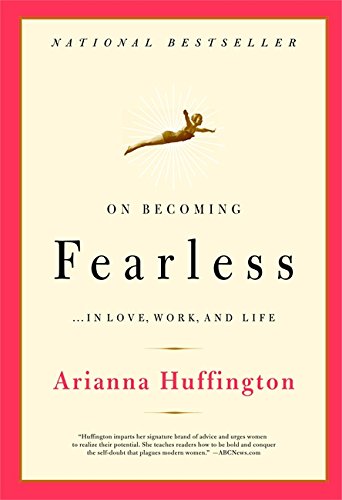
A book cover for On Becoming Fearless...in Love, Work, and Life; Arianna Huffington; Politics & Social Sciences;